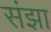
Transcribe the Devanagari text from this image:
संझा